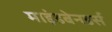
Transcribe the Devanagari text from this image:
माइंडबेनडर्स